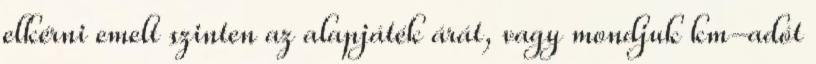
elkérni emelt szinten az alapjáték árát, vagy mondjuk km-adót